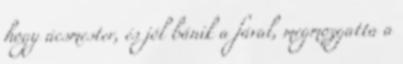
hogy ácsmester, és jól bánik a fával, megmozgatta a